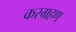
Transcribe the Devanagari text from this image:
करग्रहण